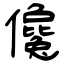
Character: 儳